Report on plague and inoculation in the Punjab from October 1st ... to September 30th..., being the ... season of plague in the province
Disease focus: Plague
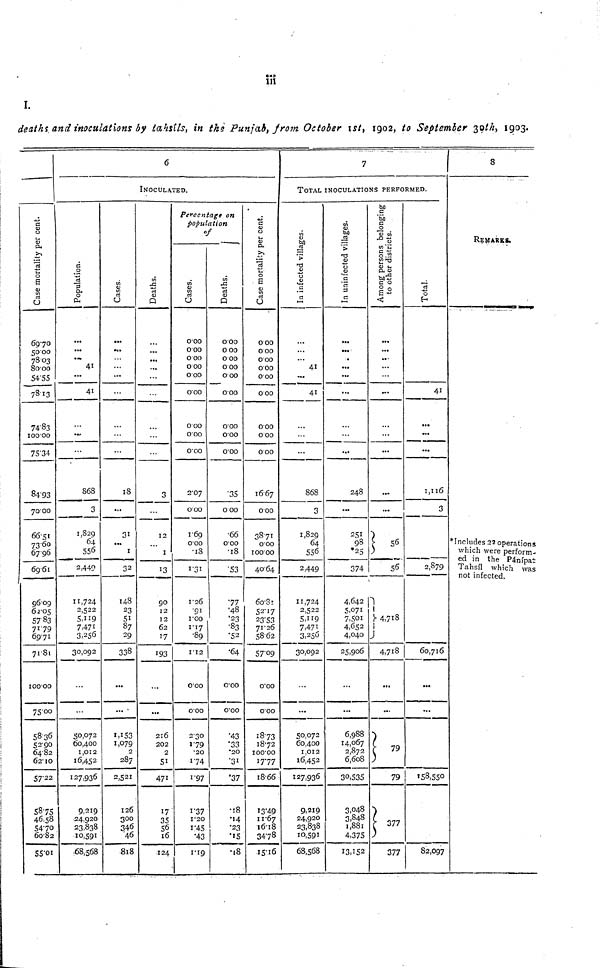
iii
deaths, and inoculations by tahsils, in the Punjab, from October 1st, 1902, to September 30th, 1903.
Case mortality per cent.
6970
5000
7803
8000
54-55
7813
74-33
100 00
75'34
8493
70'00
66-51
7360
6796
69 61
96-09
62-05
5783
71-79
69-71
71-81
100-00
75-00
5836
5290
6482
62-10
57-22
58-75
46.58
54-70
6082
55-01
6
INOCULATED.
Population.
41
41
868
3
1,829
64
556
2,449
11,724
2,522
5,119
7,471
3,256
30,092
50,072
60,400
1,012
16,452
127,936
9,219
24,920
23,838
10,591
.68,568
Cases.
IS
...
31
I
32
148
23
51
87
29
338
...
...
1,153
1079
2
287
2,521
126
300
346
"46
818
Deaths.
...
3
12
1
13
90
12
12
62
17
193
...
216
202
2
51
471
17
35
56
16
124
Percentage on
population
of
Cases.
0.00
000
0 00
0 00
000
0-00
000
000
0-00
2-07
000
1-69
000
•18
1-31
1'26
•91
1 -00
1-17
•89
1-12
000
0-00
2-30
1•79
•20
174
1-97
1-37
1-20
1-45
'43
1-19
Deaths.
000
0 00
0 00
0 00
000
0-00
0-00
000
0-00
•35
0 00
•66
0-00
•18
•53
•77
•48
•23
•83
•52
•64
000
0-00
•43
•33
•20
•31
'37
•18
'14
•23
'15
•18
Case mortality per cent.
000
000
000
000
000
000
0'00
000
000
16-67
000
3871
000
100-00
40-64
6o-81
52-17
23-53
71-26
5862
57-09
0-00
000
18-73
1872
l00-00
1777
18-66
13'49
11-67
1618
34-78
I5'16
7
TOTAL INOCULATIONS PERFORMED.
In infected Villages.
41
41
...
868
3
1,829
64
556
2,449
11,724
2,522
5,119
7,471
3,256
30,092
...
50,072
60,400
1,012
16,452
127,936
9,219
24,920
23,838
10,591
68,568
In uninfected Villages.
...
...
248
251
98
*25
374
4,642
5,071
7,5o1
4,652
4,040
25,906
...
...
6,988
14,067
2,872
6,608
30,535
3.048
3,848
1,881
4,375
13,152
Among persons belonging to othe
...
...
...
...
56
4,718
4,718
...
...
79
79
377
377
Total.
41
...
...
1,116
3
2,879
60,716
...
...
158,550
82,097
8
REMARKS.
*Includes 22 operations
which were perform-
ed in the Pánípat
Tahsíl which was
not infected.